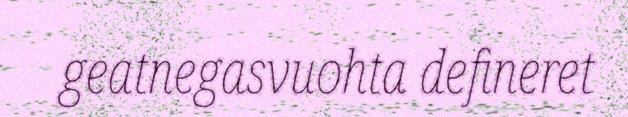
geatnegasvuohta defineret